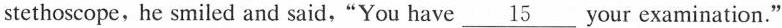
stethoscope,he smiled and said,"You have \underline{15} your examination."